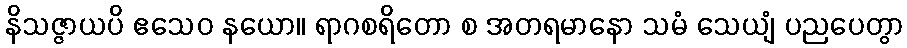
နိသဇ္ဇာယပိ ဧသေဝ နယော။ ရာဂစရိတော စ အတရမာနော သမံ သေယျံ ပညပေတွာ